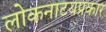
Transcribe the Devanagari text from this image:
लोकनाटयप्रकार